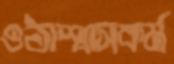
ওঠাশ্বাসকর্ম